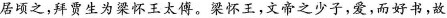
居顷之，拜贾生为梁怀王大傅。梁篦王，文帝之少子，爱，而好书，故